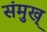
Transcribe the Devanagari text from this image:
संमुख्